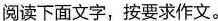
阅读下面文字，按要求作文。